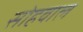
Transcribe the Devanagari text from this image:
सोहवाल